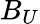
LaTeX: B_{U}